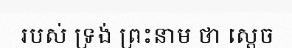
របស់ ទ្រង់ ព្រះនាម ថា ស្តេច